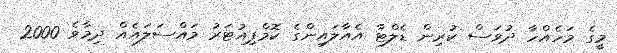
މީގެ މަހެއްހާ ދުވަސް ކުރިން ޑެލްޓާ އެއާލައިންގެ ކޮމްޕިއުޓަރު މައްސަލައެއް ދިމާވެ 2000